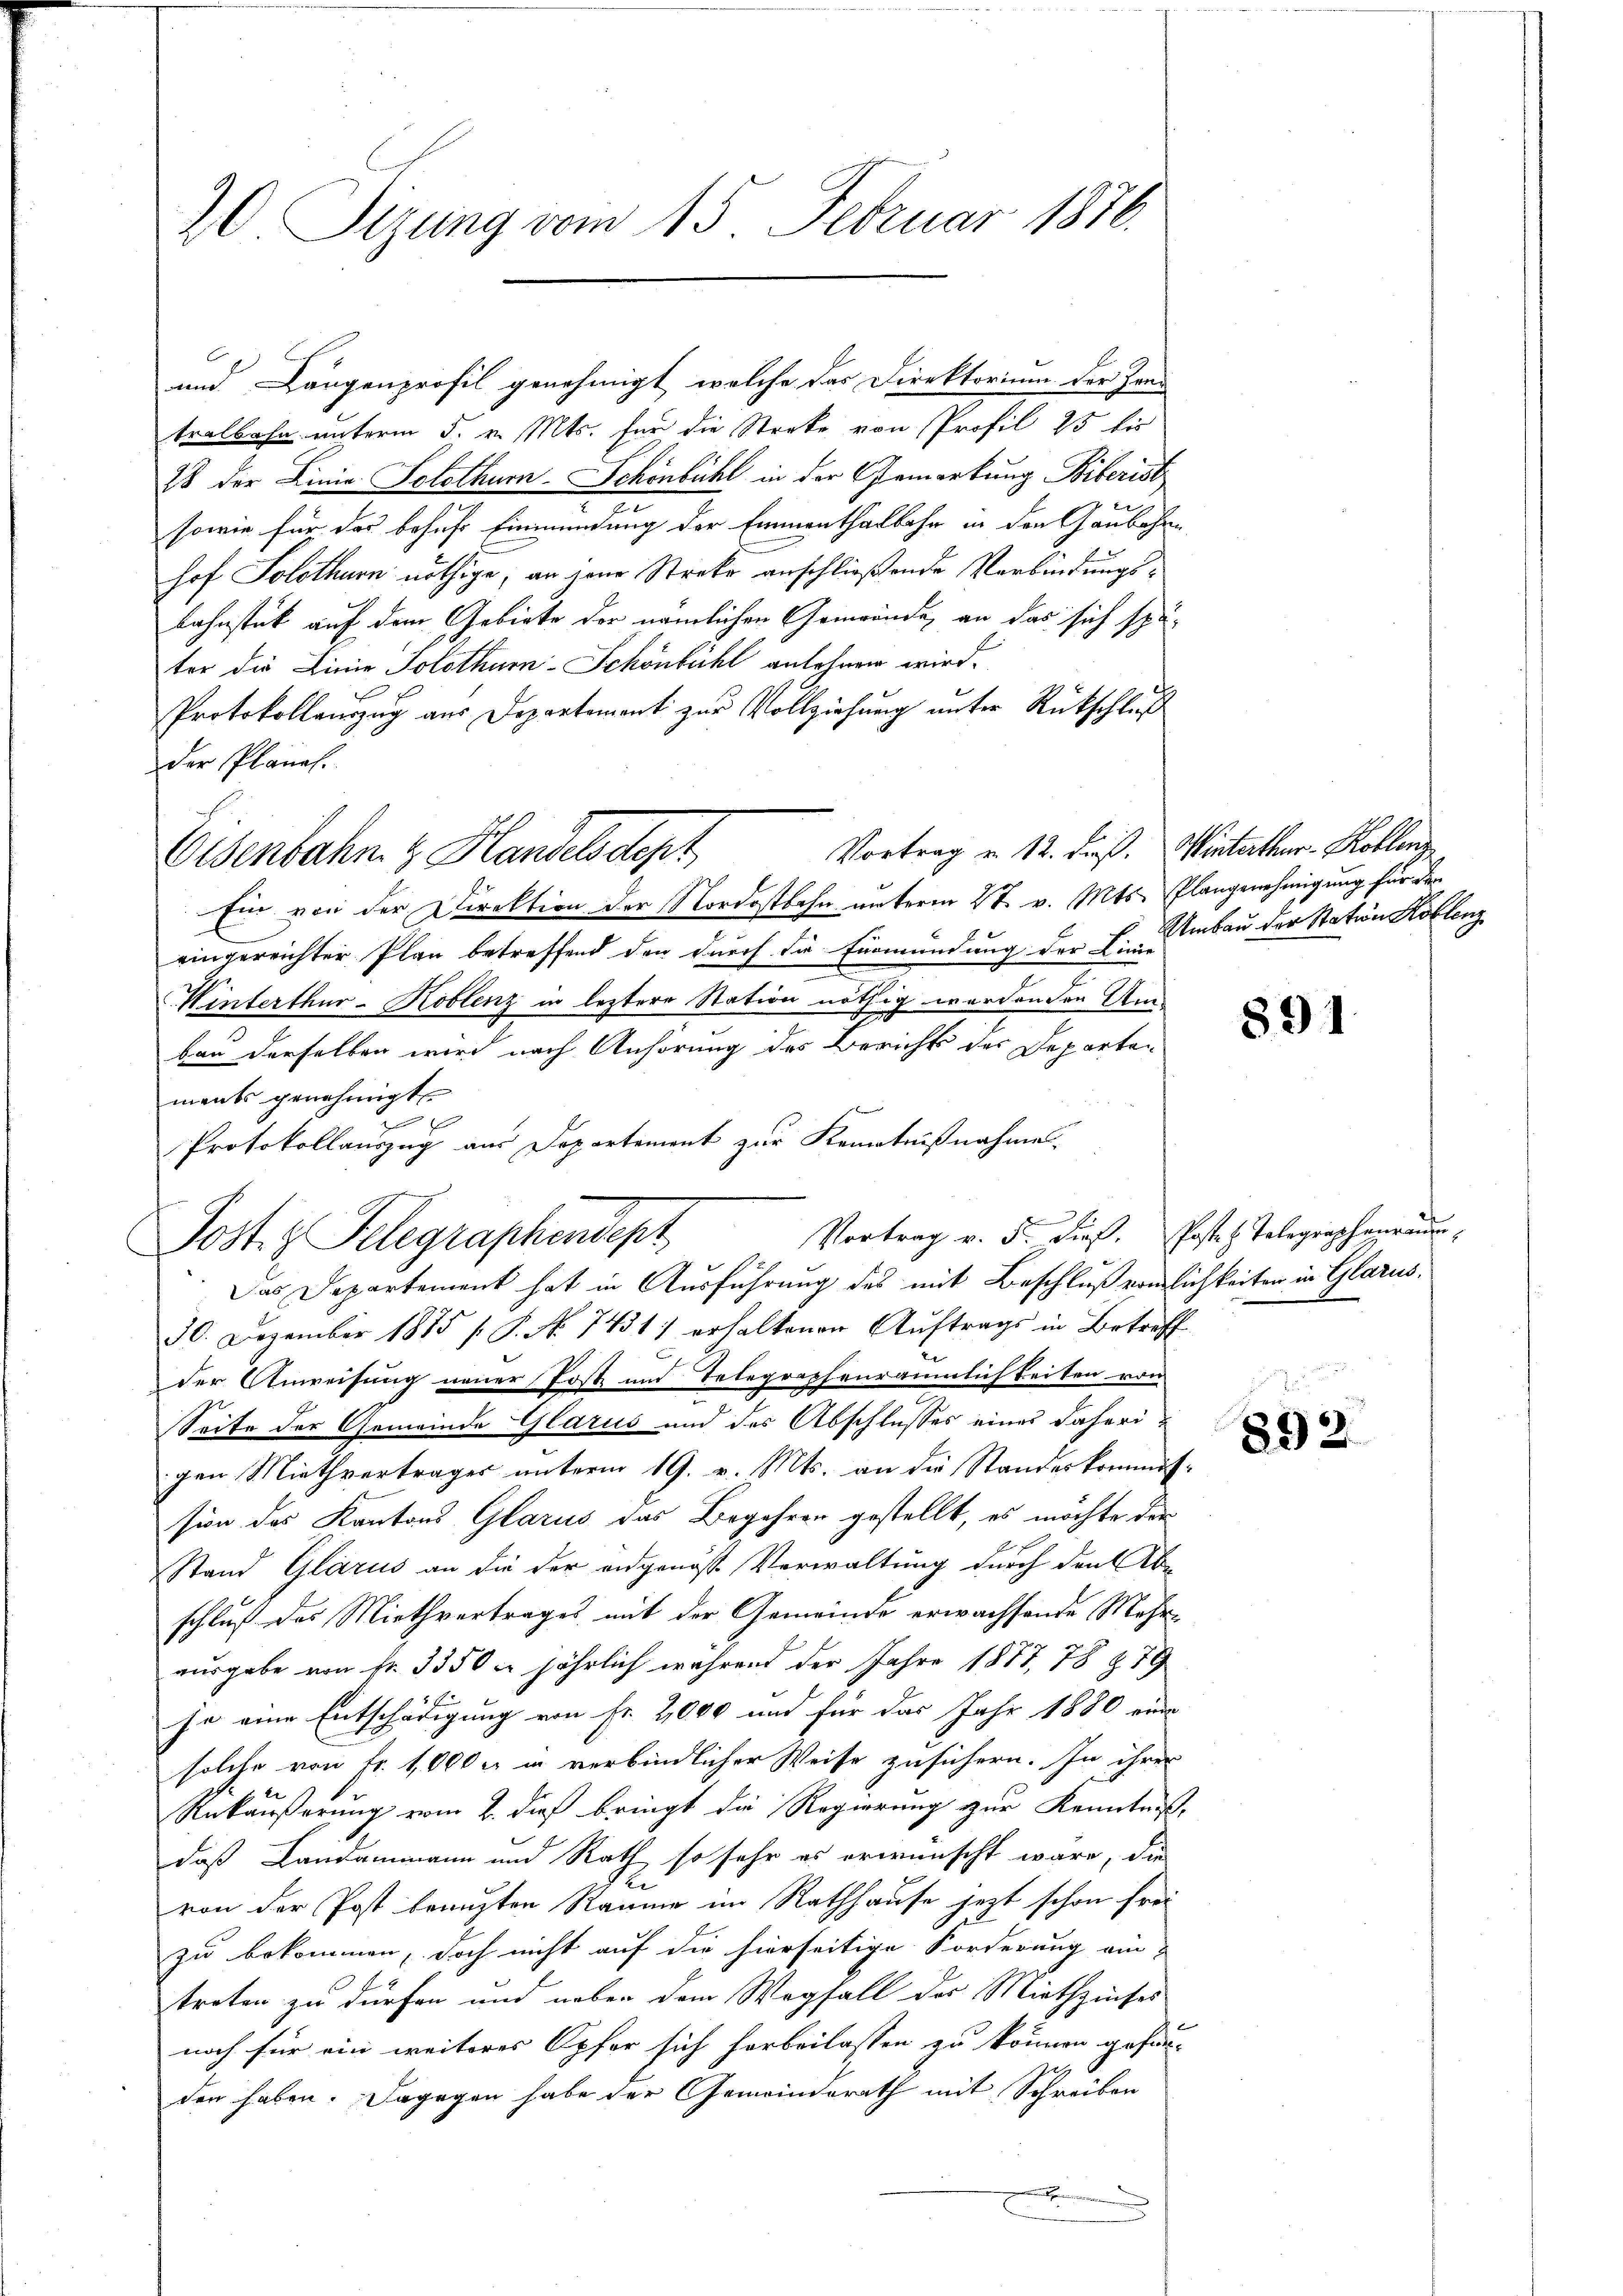
20 Sizung vom 15. Februar 1876.

und Längenprofil genehmigt, welche das Direktorium der Zen
tralbahn unterm 5. v. Mts. für die Streke von Profil 25 bis
28 der Linie. Solothurn-Schönbühl in der Gemarkung Biberist
2
sowie für das behufs Einmündung der Emmenthalbahn in den Ganbahne
hof Solothurn nöthige, an jene Streke anschließende Verbindungs¬
Bahnstück auf dem Gebiete der nämlichen Gemeinde, an das sich später die Linie Solothum-Schönbühl anlehnen wird.
Protokollauszug aus Departement zur Vollziehung unter Rückschluß
der Planal.
Vortrag u. 12. dieß. Winterthur–Koblenz
Ein von der Direktion der Nordostbahn unterm 2t. v. Mts. Plangenehmigung für der
eingereichter Plan betreffend den durch die Fürmündung der Einbau der Station Rollen
Winterthur–Koblenz in leztere Station nöthig werdenden Umbau derselben wird nach Anhörung des Bericht des Departen
ments genehmigt.

Protokollauszug aus Departement zur Kenntnißnahme.
Vortrag v. 5. dieß. Posten Telegraphenraum,
Post z. Telegraphendept
Das Departement hat in Ausführung des mit Beschluß vomlichkeiten in Glarus,
30. Dezember 1885 P. No. 7431) erhaltenen Auftrags in Betreff
der Anweisung neuer Post und Telegraphenräumlichkeiten von
Seite der Gemeinde Glarus und des Abschlusses eines daherigen Miethvertrages unterm 19. v. Mts. an die Standeskommis
sion des Kantons Glarus das Begehren gestellt, es möchte der
Stand Glarus an die der angenoss Verwaltung durch den Ab-
schluß des Miethvertrages mit der Gemeinde erwachsende Mehrausgabe von Fr. 3350 n jährlich während der Jahre 1877, 78 § 79
ja eine Entschädigung von Fr. 2000 und für das Jahr 1880 eine
solche von Fr. 1,000 l. in verbindlicher Weise zusichern. In ihrer
Rükäußerung vom 2. dieß bringt die Regierung zur Kenntniß,
daß Landammann und Rath so sehr es erwünscht wäre, die
von der Post beauften Räume im Rathhause jezt schon frei
zu bekommen, doch nicht auf die hierseitige Forderung ein
treten zu dürfen und über dem Wegfall der Miethzinses
noch für ein weiteres Opfer sich herbeilassen zu können gefuno
den haben. Dagegen habe der Gemeindsrath mit Schreiben

.

Elsenbahn & Handelsdept

1.

891

892